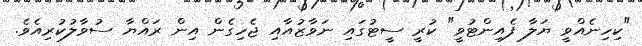
"ކިހިނެއްވީ ޔަލާ ފެއިންޓުވީ" ކުރީ ސީޓުގައި ނަވާޒުއާއި ޖެހިގެން އިން ރައްޔާ ސުވާލުކުރިއެވެ.